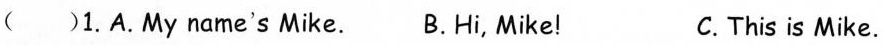
( )1.A.My name's Mike. B.Hi, Mike! C.This is Mike.